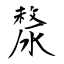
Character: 漦